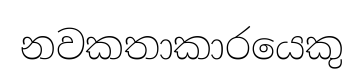
නවකතාකාරයෙකු